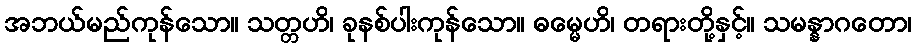
အဘယ်မည်ကုန်သော။ သတ္တဟိ၊ ခုနစ်ပါးကုန်သော။ ဓမ္မေဟိ၊ တရားတို့နှင့်။ သမန္နာဂတော၊